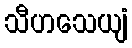
သီဟသေယျံ